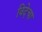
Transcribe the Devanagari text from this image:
विदेचा